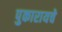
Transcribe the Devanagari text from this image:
पुकारायचे